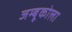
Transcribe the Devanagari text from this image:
जम्बूकोला